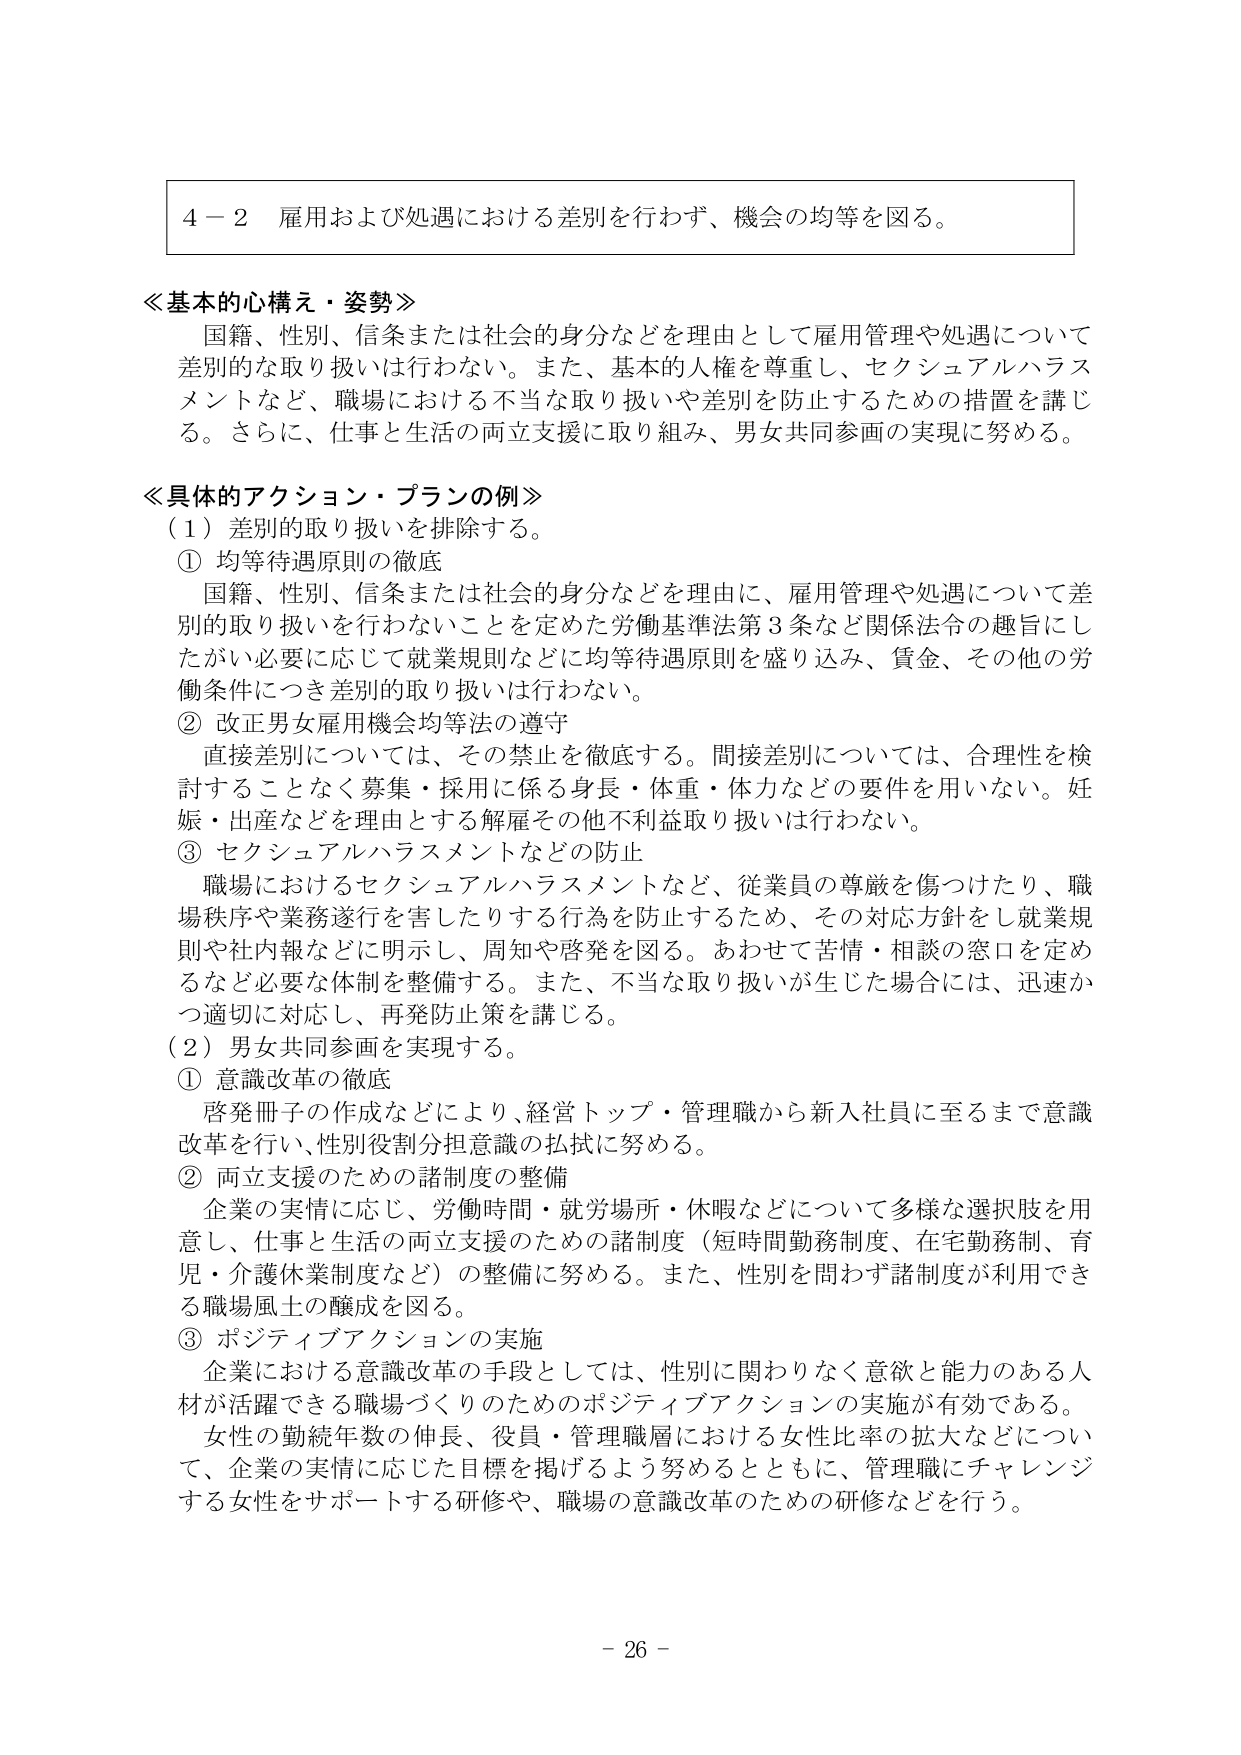
４－２ 雇用および処遇における差別を行わず、機会の均等を図る。

≪基本的心構え・姿勢≫
国籍、性別、信条または社会的身分などを理由として雇用管理や処遇について差別的な取り扱いは行わない。また、基本的人権を尊重し、セクシュアルハラスメントなど、職場における不当な取り扱いや差別を防止するための措置を講じる。さらに、仕事と生活の両立支援に取り組み、男女共同参画の実現に努める。

≪具体的アクション・プランの例≫
（１）差別の取り扱いを排除する。
① 均等待遇原則の徹底
国籍、性別、信条または社会的身分などを理由に、雇用管理や処遇について差別的取り扱いを行わないことを定めた労働基準法第３条など関係法令の趣旨にしたがい必要に応じて就業規則などに均等待遇原則を盛り込み、賃金、その他の労働条件につき差別的取り扱いは行わない。
② 改正男女雇用機会均等法の遵守
直接差別については、その禁止を徹底する。間接差別については、合理性を検討することなく募集・採用に係る身長・体重・体力などの要件を用いない。妊娠・出産などを理由とする解雇その他不利益取り扱いは行わない。
③ セクシュアルハラスメントなどの防止
職場におけるセクシュアルハラスメントなど、従業員の尊厳を傷つけたり、職場秩序や業務遂行を害したりする行為を防止するため、その対応方針をし就業規則や社内報などに明示し、周知や啓発を図る。あわせて苦情・相談の窓口を定めるなど必要な体制を整備する。また、不当な取り扱いが生じた場合には、迅速かつ適切に対応し、再発防止策を講じる。
（２）男女共同参画を実現する。
① 意識改革の徹底
啓発冊子の作成などにより、経営トップ・管理職から新入社員に至るまで意識改革を行い、性別役割分担意識の払拭に努める。
② 両立支援のための諸制度の整備
企業の実情に応じ、労働時間・就労場所・休暇などについて多様な選択肢を用意し、仕事と生活の両立支援のための諸制度（短時間勤務制度、在宅勤務制、育児・介護休業制度など）の整備に努める。また、性別を問わず諸制度が利用できる職場風土の醸成を図る。
③ ポジティブアクションの実施
企業における意識改革の手段としては、性別に関わりなく意欲と能力のある人材が活躍できる職場づくりのためのポジティブアクションの実施が有効である。女性の勤続年数の伸長、役員・管理職層における女性比率の拡大などについて、企業の実情に応じた目標を掲げるよう努めるとともに、管理職にチャレンジする女性をサポートする研修や、職場の意識改革のための研修などを行う。

－ 26 －